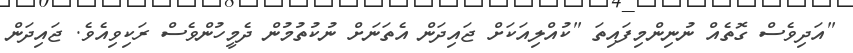
"އަދިވެސް ގޮތެއް ނުނިންމިފައިތަ "ކުއްލިއަކަށް ޖައިދަން އެތަނަށް ނުކުތުމުން ދެމީހުންވެސް ރަކިވިއެވެ. ޖައިދަން